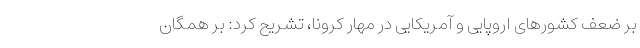
بر ضعف کشورهای اروپایی و آمریکایی در مهار کرونا، تشریح کرد: بر همگان